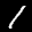
Label: 1